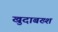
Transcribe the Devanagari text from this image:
खुदाबख्श